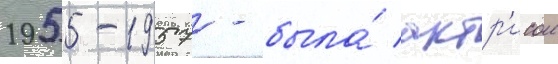
1955-1957 - была́ актр'исои